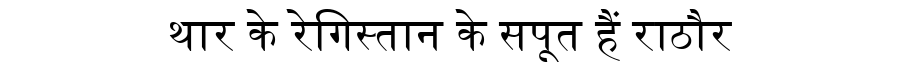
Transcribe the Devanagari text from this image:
थार के रेगिस्तान के सपूत हैं राठौर